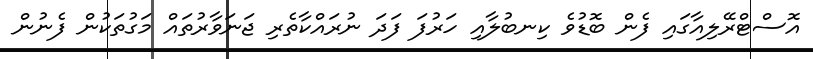
އޮސްޓްރޭލިއާގައި ފެން ބޮޑުވެ ކިނބުލާއި ހަރުފަ ފަދަ ނުރައްކާތެރި ޖަނަވާރުތައް މަގުތަކުން ފެނުން